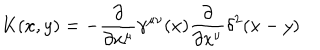
K ( x , y ) = - \frac { \partial } { \partial x ^ { \mu } } \gamma ^ { \mu \nu } ( x ) \frac { \partial } { \partial x ^ { \nu } } \delta ^ { 2 } ( x - y )